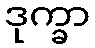
ဒုက္ခာ